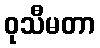
ဝုသီမတာ